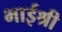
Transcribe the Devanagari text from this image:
भाईश्री